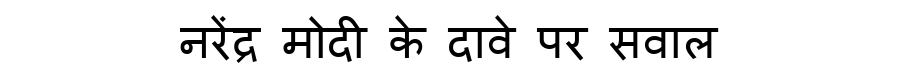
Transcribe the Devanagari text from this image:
नरेंद्र मोदी के दावे पर सवाल